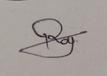
Signature authenticity: genuine